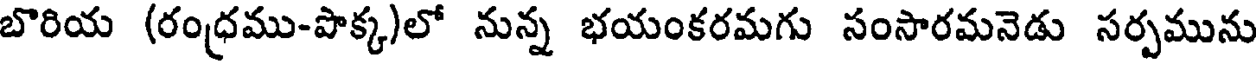
బొరియ (రంధము-పొక్క)లో నున్న భయంకరమగు సంసారమనెడు సర్పమును